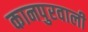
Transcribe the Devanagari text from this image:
कानपुरवाली